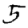
Digit: 5